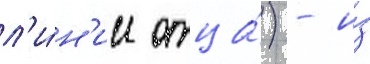
л'и́н'ии отца́) - и́з